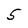
Character: 5